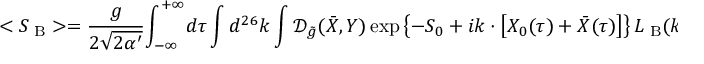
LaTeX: < { S _ { \mathrm { \scriptsize ~ B } } } > = { \frac { g } { 2 \sqrt { 2 \alpha ^ { \prime } } } } { \int _ { - \infty } ^ { + \infty } } d \tau \int { d ^ { 2 6 } } k \int { \mathcal { D } _ { \tilde { g } } } ( \bar { X } , Y ) \exp \left\{ - { S _ { 0 } } + i k \cdot \left[ { X _ { 0 } } ( \tau ) + \bar { X } ( \tau ) \right] \right\} { L _ { \mathrm { \scriptsize ~ B } } } ( k , \tau ) ,